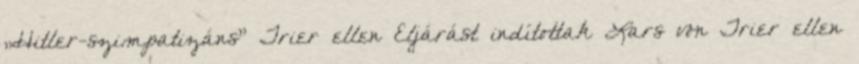
„Hitler-szimpatizáns” Trier ellen Eljárást indítottak Lars von Trier ellen